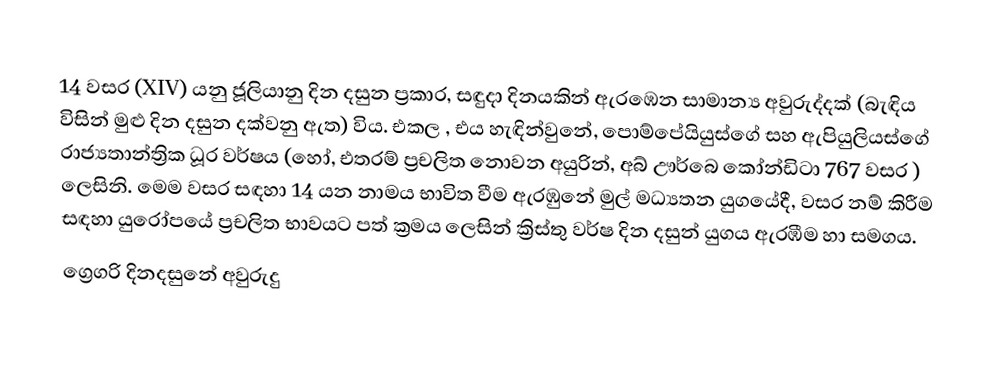

14 වසර (XIV) යනු ජූලියානු දින දසුන ප්‍රකාර,   සඳුදා දිනයකින් ඇරඹෙන සාමාන්‍ය අවුරුද්දක් (බැඳිය විසින් මුළු දින දසුන දක්වනු ඇත) විය. එකල ,  එය හැඳින්වුනේ, පොම්පේයියුස්ගේ සහ  ඇපියුලියස්ගේ රාජ්‍යතාන්ත්‍රික  ධූර වර්ෂය (හෝ, එතරම් ප්‍රචලිත නොවන අයුරින්,  අබ් ඌර්බෙ කෝන්ඩිටා 767 වසර  ) ලෙසිනි. මෙම වසර සඳහා 14 යන නාමය භාවිත වීම ඇරඹුනේ මුල් මධ්‍යතන යුගයේදී, වසර නම් කිරීම සඳහා යුරෝපයේ ප්‍රචලිත භාවයට පත් ක්‍රමය ලෙසින් ක්‍රිස්තු වර්ෂ දින දසුන් යුගය ඇරඹීම හා සමගය.
ග්‍රෙගරි දිනදසුනේ අවුරුදු